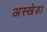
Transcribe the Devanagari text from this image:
अस्खेडा